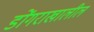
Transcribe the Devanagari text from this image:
डोंगराखालील